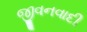
જીવનવાદી